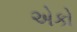
એકો